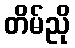
တိမ်ညို